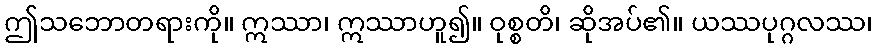
ဤသဘောတရားကို။ ဣဿာ၊ ဣဿာဟူ၍။ ဝုစ္စတိ၊ ဆိုအပ်၏။ ယဿပုဂ္ဂလဿ၊